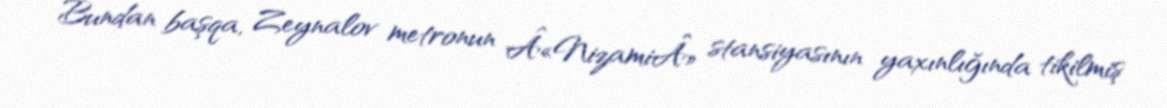
Bundan başqa, Zeynalov metronun Â«NizamiÂ» stansiyasının yaxınlığında tikilmiş